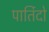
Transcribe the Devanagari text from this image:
पार्तिदो